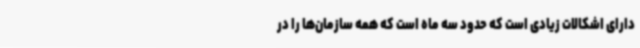
دارای اشکالات زیادی است که حدود سه ماه است که همه سازمان‌ها را در